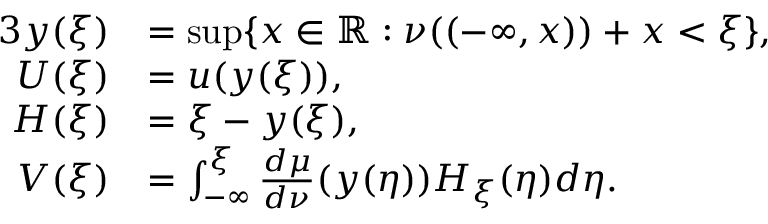
\begin{array} { r l } { { 3 } y ( \xi ) } & { = \operatorname* { s u p } \{ x \in \mathbb { R } : \nu ( ( - \infty , x ) ) + x < \xi \} , } \\ { U ( \xi ) } & { = u ( y ( \xi ) ) , } \\ { H ( \xi ) } & { = \xi - y ( \xi ) , } \\ { V ( \xi ) } & { = \int _ { - \infty } ^ { \xi } \frac { d \mu } { d \nu } ( y ( \eta ) ) H _ { \xi } ( \eta ) d \eta . } \end{array}